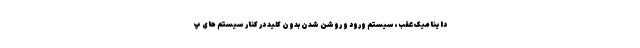
داینامیک عقب، سیستم ورود و روشن شدن بدون کلید در کنار سیستم های پ